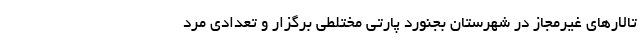
تالارهای غیرمجاز در شهرستان بجنورد پارتی مختلطی برگزار و تعدادی مرد